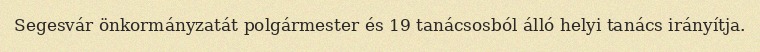
Segesvár önkormányzatát polgármester és 19 tanácsosból álló helyi tanács irányítja.